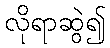
လိုရာဆွဲ၍